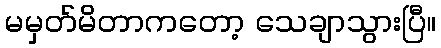
မမှတ်မိတာကတော့ သေချာသွားပြီ။